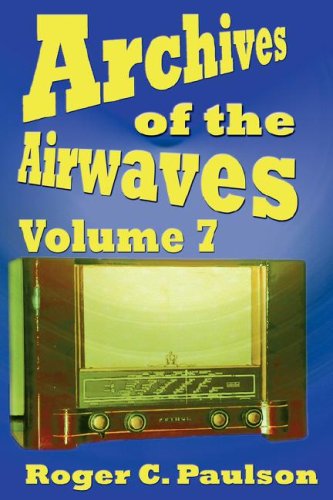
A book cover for Archives of the Airwaves Vol. 7; Roger C. Paulson; Humor & Entertainment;